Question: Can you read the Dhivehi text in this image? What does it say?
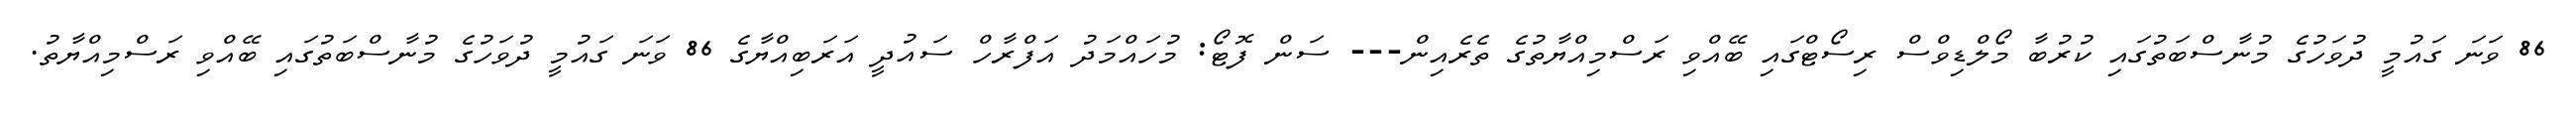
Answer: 86 ވަނަ ގައުމީ ދުވަހުގެ މުނާސްބަތުގައި ކުރުބާ މޯލްޑިވްސް ރިސޯޓްގައި ބޭއްވި ރަސްމިއްޔާތުގެ ތެރެއިން--- ސަން ފޮޓޯ: މުހައްމަދު އަފްރާހް ސައުދީ އަރަބިއްޔާގެ 86 ވަނަ ގައުމީ ދުވަހުގެ މުނާސްބަތުގައި ބޭއްވި ރަސްމިއްޔާތު.